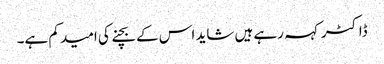
ڈاکٹر کہہ رہے ہیں شاید اس کے بچنے کی امید کم ہے۔